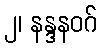
၂၊ နန္ဒနဝဂ်